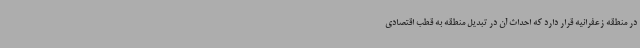
در منطقه زعفرانیه قرار دارد که احداث آن در تبدیل منطقه به قطب اقتصادی